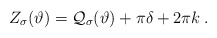
\begin{align*}Z_{\sigma }(\vartheta )={\cal Q}_{\sigma }(\vartheta )+\pi \delta +2\pi k\: .\end{align*}